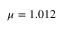
\mu = 1 . 0 1 2